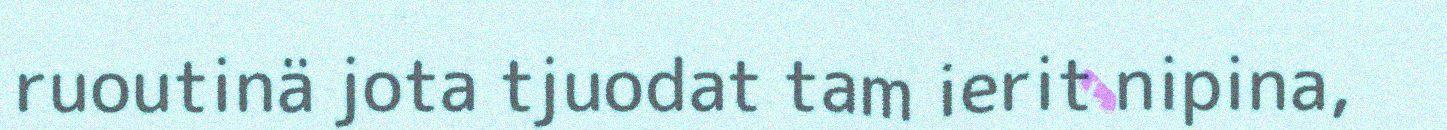
ruoutinä jota tjuodat tam ierit nipina,